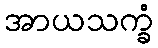
အာယသက္ခံ